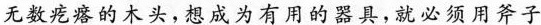
无数的木头，想成为有用的器具，就必须用斧子